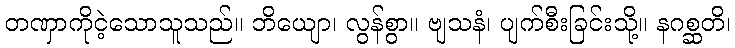
တဏှာကိုငဲ့သောသူသည်။ ဘိယျော၊ လွန်စွာ။ ဗျသနံ၊ ပျက်စီးခြင်းသို့။ နဂစ္ဆတိ၊